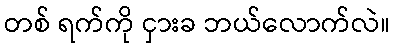
တစ် ရက်ကို ငှားခ ဘယ်လောက်လဲ။